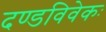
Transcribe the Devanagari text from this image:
दण्डविवेकः